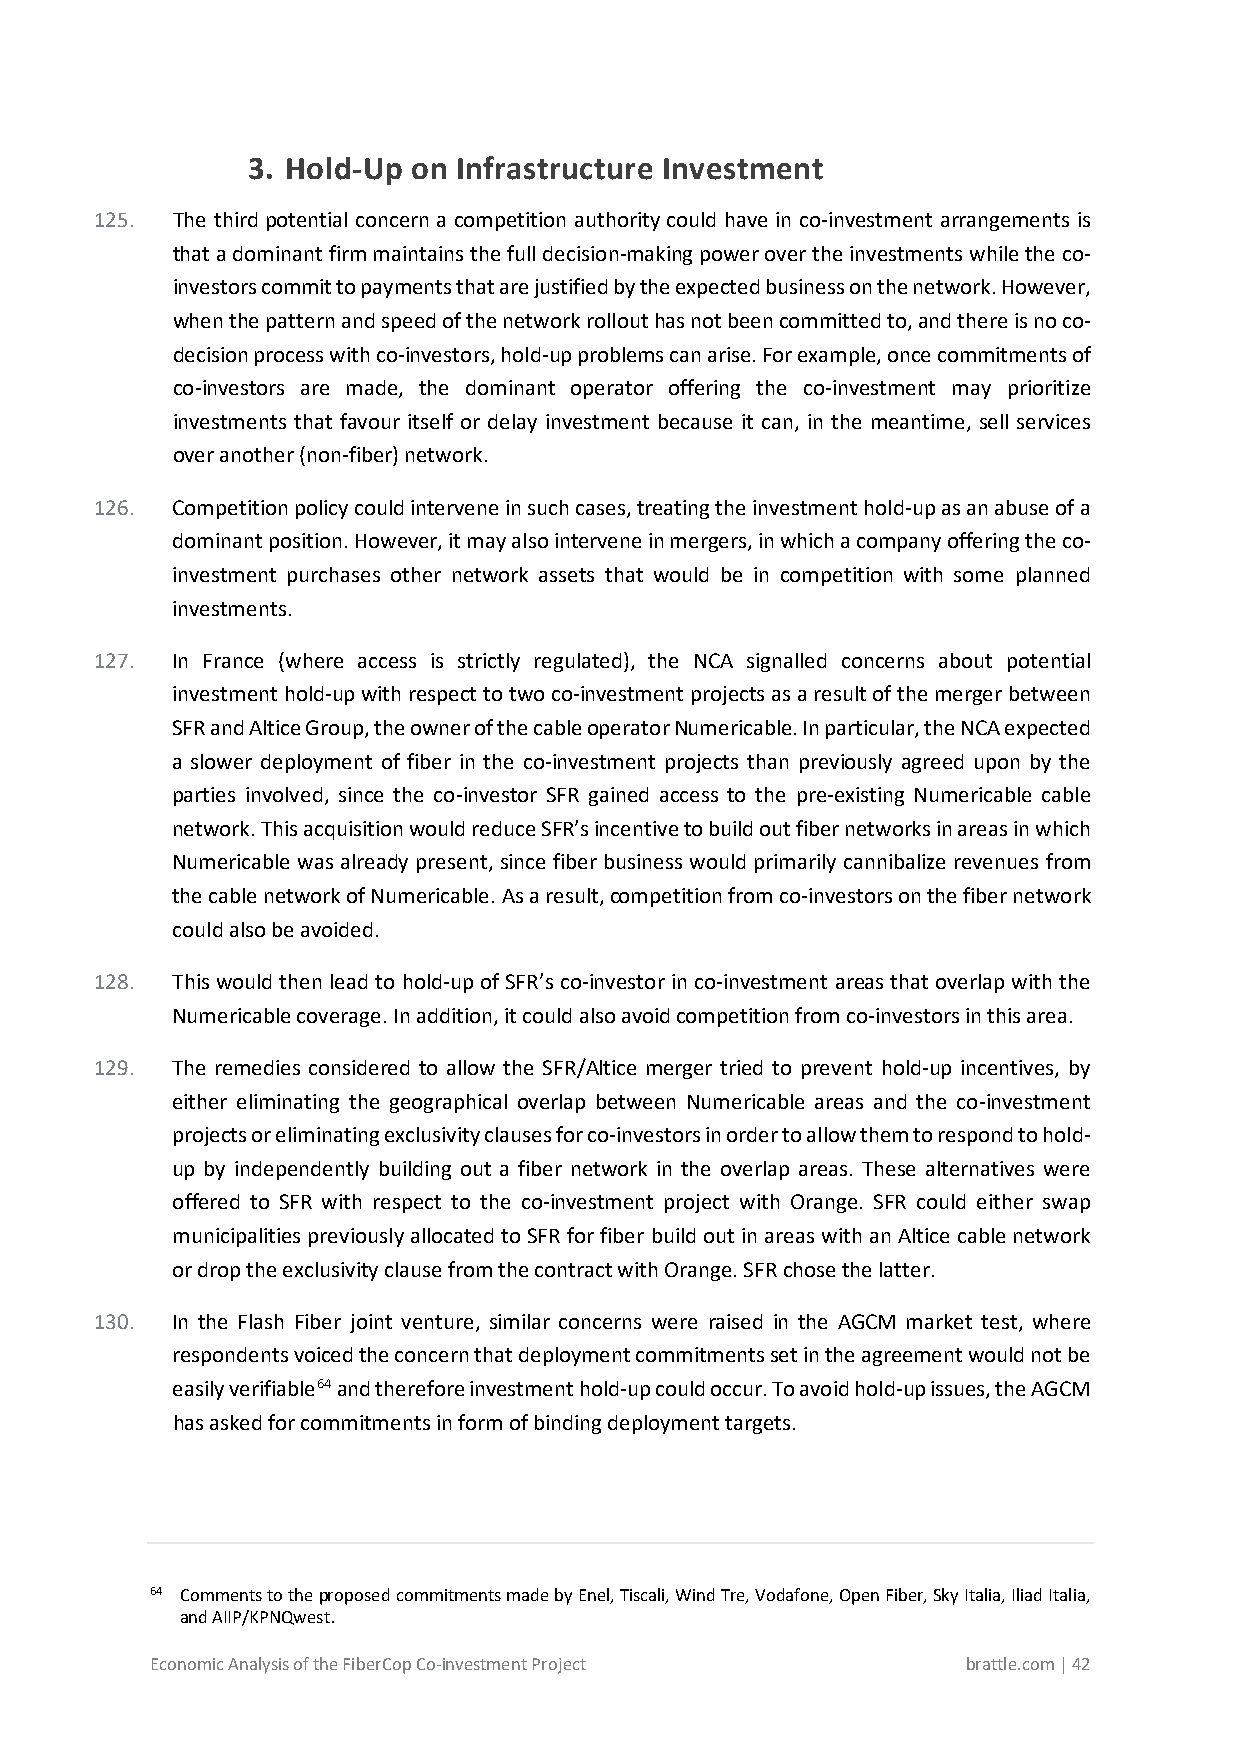
3. Hold-Up on Infrastructure Investment
 125. The third potential concern a competition authority could have in co-investment arrangements is
 that a dominant firm maintains the full decision-making power over the investments while the co-
 investors commit to payments that are justified by the expected business on the network. However,
 when the pattern and speed of the network rollout has not been committed to, and there is no co-
 decision process with co-investors, hold-up problems can arise. For example, once commitments of
 co-investors are made, the dominant operator offering the co-investment may prioritize
 investments that favour itself or delay investment because it can, in the meantime, sell services
 over another (non-fiber) network.
 126. Competition policy could intervene in such cases, treating the investment hold-up as an abuse of a
 dominant position. However, it may also intervene in mergers, in which a company offering the co-
 investment purchases other network assets that would be in competition with some planned
 investments.
 127. In France (where access is strictly regulated), the NCA signalled concerns about potential
 investment hold-up with respect to two co-investment projects as a result of the merger between
 SFR and Altice Group, the owner of the cable operator Numericable. In particular, the NCA expected
 a slower deployment of fiber in the co-investment projects than previously agreed upon by the
 parties involved, since the co-investor SFR gained access to the pre-existing Numericable cable
 network. This acquisition would reduce SFR’s incentive to build out fiber networks in areas in which
 Numericable was already present, since fiber business would primarily cannibalize revenues from
 the cable network of Numericable. As a result, competition from co-investors on the fiber network
 could also be avoided.
 128. This would then lead to hold-up of SFR’s co-investor in co-investment areas that overlap with the
 Numericable coverage. In addition, it could also avoid competition from co-investors in this area.
 129. The remedies considered to allow the SFR/Altice merger tried to prevent hold-up incentives, by
 either eliminating the geographical overlap between Numericable areas and the co-investment
 projects or eliminating exclusivity clauses for co-investors in order to allow them to respond to hold-
 up by independently building out a fiber network in the overlap areas. These alternatives were
 offered to SFR with respect to the co-investment project with Orange. SFR could either swap
 municipalities previously allocated to SFR for fiber build out in areas with an Altice cable network
 or drop the exclusivity clause from the contract with Orange. SFR chose the latter.
 130. In the Flash Fiber joint venture, similar concerns were raised in the AGCM market test, where
 respondents voiced the concern that deployment commitments set in the agreement would not be
 easily verifiable64 and therefore investment hold-up could occur. To avoid hold-up issues, the AGCM
 has asked for commitments in form of binding deployment targets.
 64 Comments to the proposed commitments made by Enel, Tiscali, Wind Tre, Vodafone, Open Fiber, Sky Italia, Iliad Italia,
 and AIIP/KPNQwest.
 Economic Analysis of the FiberCop Co-investment Project brattle.com | 42